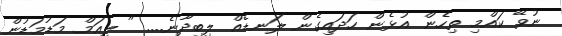
ނުވޭ ކައްމި ތިހެން އުޅެން ހަދައިގެން ލަނޑެއް ލިބިދާނެ.... " ލިއަމް މަޑުމަޑުން